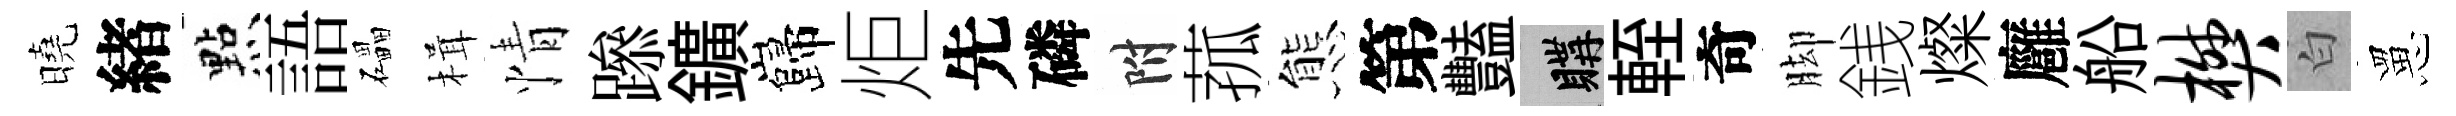
曉緖㸃語礧楫情𨅶鑛巋炬先磷附菰態第豔購輊奇脚銭燦廱船樊白罳